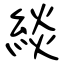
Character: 緂